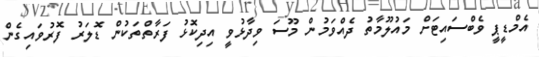
އެމްޑީޕީ ވެބްސައިޓަށް މައުލޫމާތު ދެއްވަމުން މޫސަ ވިދާޅުވީ އިދިކޮޅު ފަރާތްތަކުން ޑޮލަރު ފޮރުވައިގެން